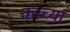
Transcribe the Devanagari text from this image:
काच्या